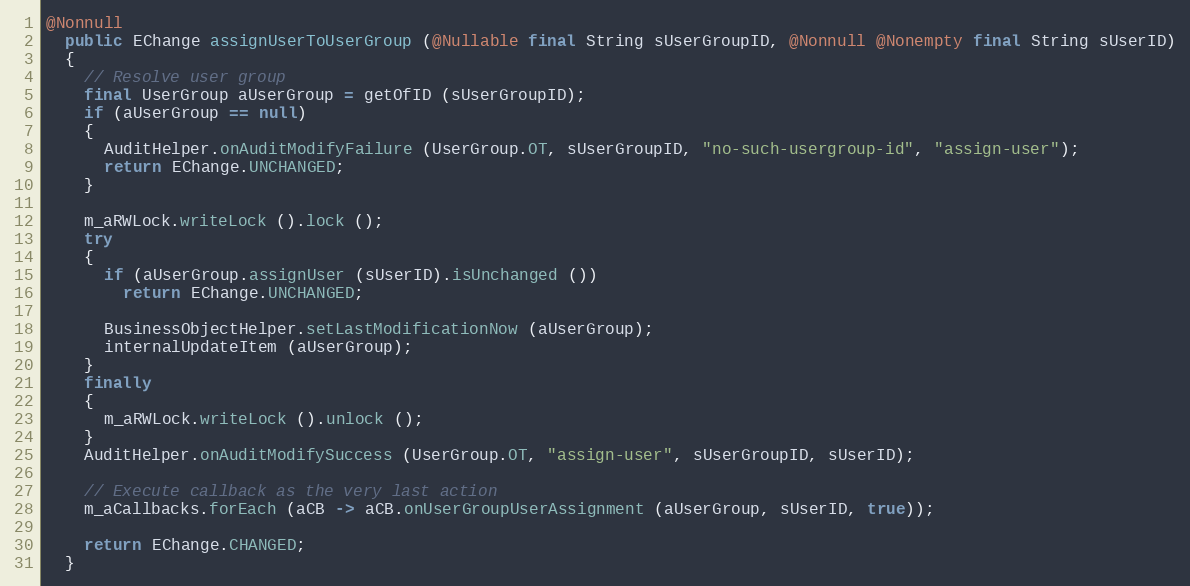
Language: Java
@Nonnull
  public EChange assignUserToUserGroup (@Nullable final String sUserGroupID, @Nonnull @Nonempty final String sUserID)
  {
    // Resolve user group
    final UserGroup aUserGroup = getOfID (sUserGroupID);
    if (aUserGroup == null)
    {
      AuditHelper.onAuditModifyFailure (UserGroup.OT, sUserGroupID, "no-such-usergroup-id", "assign-user");
      return EChange.UNCHANGED;
    }

    m_aRWLock.writeLock ().lock ();
    try
    {
      if (aUserGroup.assignUser (sUserID).isUnchanged ())
        return EChange.UNCHANGED;

      BusinessObjectHelper.setLastModificationNow (aUserGroup);
      internalUpdateItem (aUserGroup);
    }
    finally
    {
      m_aRWLock.writeLock ().unlock ();
    }
    AuditHelper.onAuditModifySuccess (UserGroup.OT, "assign-user", sUserGroupID, sUserID);

    // Execute callback as the very last action
    m_aCallbacks.forEach (aCB -> aCB.onUserGroupUserAssignment (aUserGroup, sUserID, true));

    return EChange.CHANGED;
  }